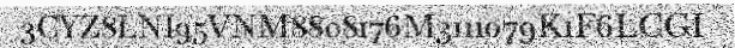
3CYZ8LNI95VNM8808176M3111079K1F6LCGI